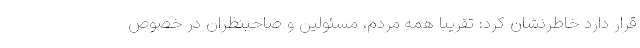
قرار دارد خاطرنشان کرد: تقریباً همه مردم، مسئولین و صاحبنظران در خصوص